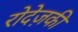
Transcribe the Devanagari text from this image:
रोदेज़की